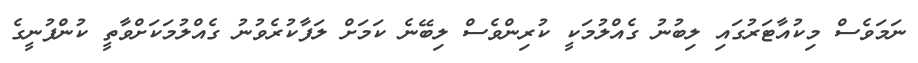
ނަމަވެސް މިކުއާޓަރުގައި ލިބުނު ގެއްލުމަކީ ކުރިންވެސް ލިބޭނެ ކަމަށް ލަފާކުރެވުނު ގެއްލުމަކަށްވާތީ ކުންފުނީގެ